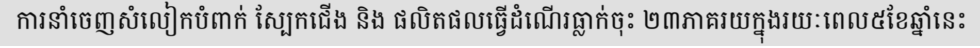
ការនាំចេញសំលៀកបំពាក់ ស្បែកជើង និង ផលិតផលធ្វើដំណើរធ្លាក់ចុះ ២៣ភាគរយក្នុងរយៈពេល៥ខែឆ្នាំនេះ